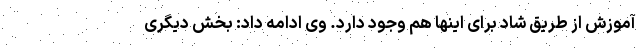
آموزش از طریق شاد برای اینها هم وجود دارد. وی ادامه داد: بخش دیگری